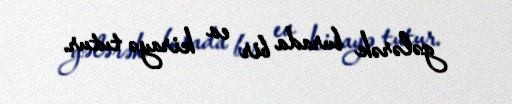
gələrək burada bir ev kirayə tutur.